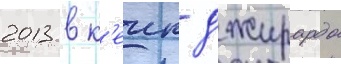
2013 в к'еип джирардо